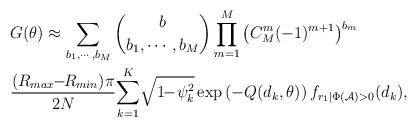
LaTeX: \begin{align*} &G(\theta)\approx \sum_{b_1,\cdots,b_M}{b \choose b_1,\cdots,b_M} \prod_{m=1}^{M}\left(C_{M}^{m}(-1)^{m+1}\right)^{b_m}\\ &\frac{(R_{max}\!\!-\!\!R_{min})\pi}{2N}\!\sum_{k=1}^{K}\!\sqrt{1\!\!-\!\psi_k^2} \exp\left(-Q(d_k,\theta)\right)f_{r_1|\Phi(\mathcal{A})>0}(d_k),\end{align*}